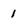
Character: i